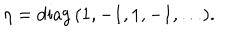
LaTeX: \eta = \mathrm { d i a g } \, ( 1 , - 1 , 1 , - 1 , \ldots ) .